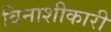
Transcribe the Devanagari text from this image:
विनाशीकारी